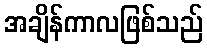
အချိန်ကာလဖြစ်သည်